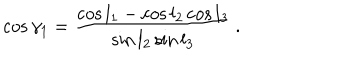
\cos \gamma _ { 1 } = { \frac { \cos l _ { 1 } - \cos l _ { 2 } \cos l _ { 3 } } { \sin l _ { 2 } \sin l _ { 3 } } } \, .